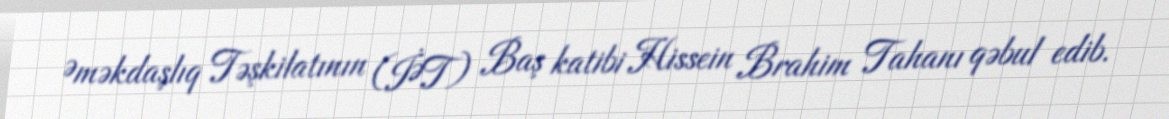
Əməkdaşlıq Təşkilatının (İƏT) Baş katibi Hissein Brahim Tahanı qəbul edib.